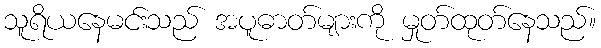
သူရိယနေမင်းသည် အပူဓာတ်များကို မှုတ်ထုတ်နေသည်။